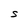
Character: S